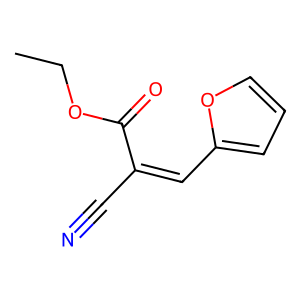
SMILES: CCOC(=O)C(C#N)=Cc1ccco1
Inhibits HIV replication: No